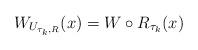
LaTeX: \begin{align*} W_{U_{\tau_k,R}}(x)=W\circ R_{\tau_k}(x)\end{align*}